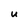
Character: U